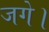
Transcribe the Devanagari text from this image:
जगे।